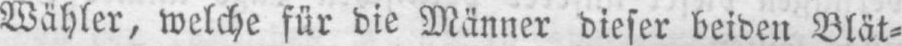
Wähler, welche für die Männer dieser beiden Blät⸗